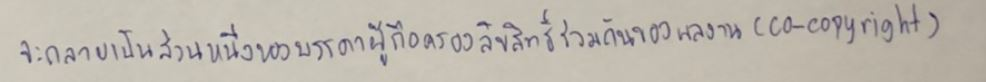
จะกลายเป็นส่วนหนึ่งของบรรดาผู้ถือครองลิขสิทธิ์ร่วมกันของผลงาน(co-copyright